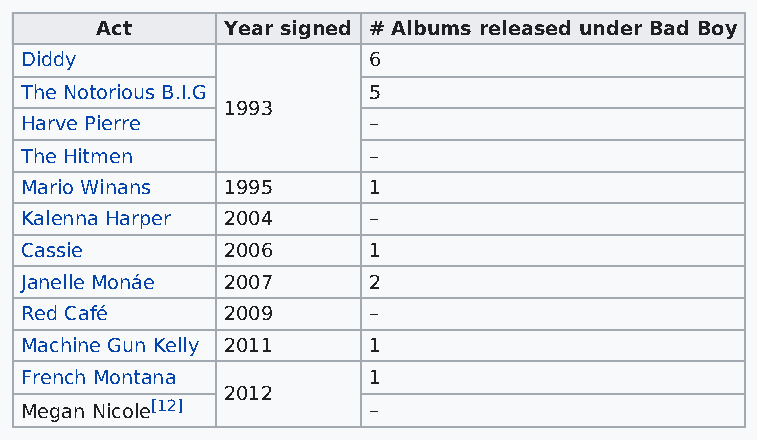
Act      Year signed # Albums released under Bad Boy
 Diddy                  6
 The Notorious B.I.G    5
 1993
 Harve Pierre           –
 The Hitmen             –
 Mario Winans  1995     1
 Kalenna Harper 2004    –
 Cassie        2006     1
 Janelle Monáe 2007     2
 Red Café      2009     –
 Machine Gun Kelly 2011 1
 French Montana         1
 2012
 Megan Nicole[12]       –